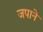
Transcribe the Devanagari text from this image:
जपाने